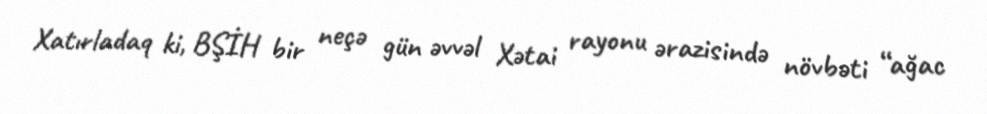
Xatırladaq ki, BŞİH bir neçə gün əvvəl Xətai rayonu ərazisində növbəti “ağac